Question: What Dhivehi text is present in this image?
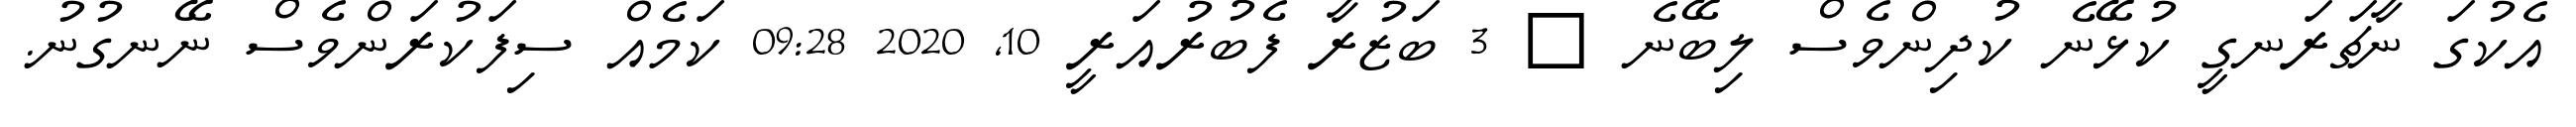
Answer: އެކުގަ ނާޗަރަނގީ ކުޅޭނެ ކުދިންވެސް ލިބޭނެ ? 3 ބަޒުރާ ފެބުރުއަރީ 10, 2020 09:28 ކަމެއް ސިފަކުރަންވެސް ނޭނގުނު.